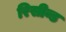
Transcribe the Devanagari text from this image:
रिसीव्ड